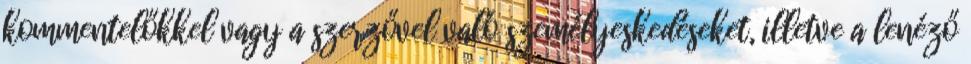
kommentelőkkel vagy a szerzővel való személyeskedéseket, illetve a lenéző